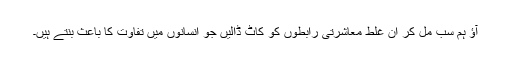
آؤ ہم سب مل کر ان غلط معاشرتی رابطوں کو کاٹ ڈالیں جو انسانوں میں تفاوت کا باعث بنتے ہیں۔